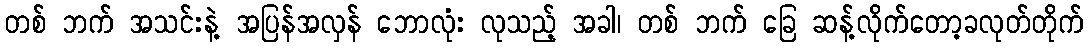
တစ် ဘက် အသင်းနဲ့ အပြန်အလှန် ဘောလုံး လုသည့် အခါ၊ တစ် ဘက် ခြေ ဆန့်လိုက်တော့ခလုတ်တိုက်